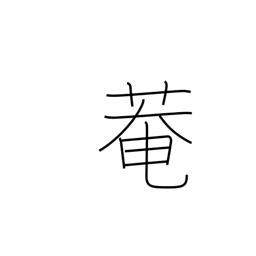
Meaning: hermitage